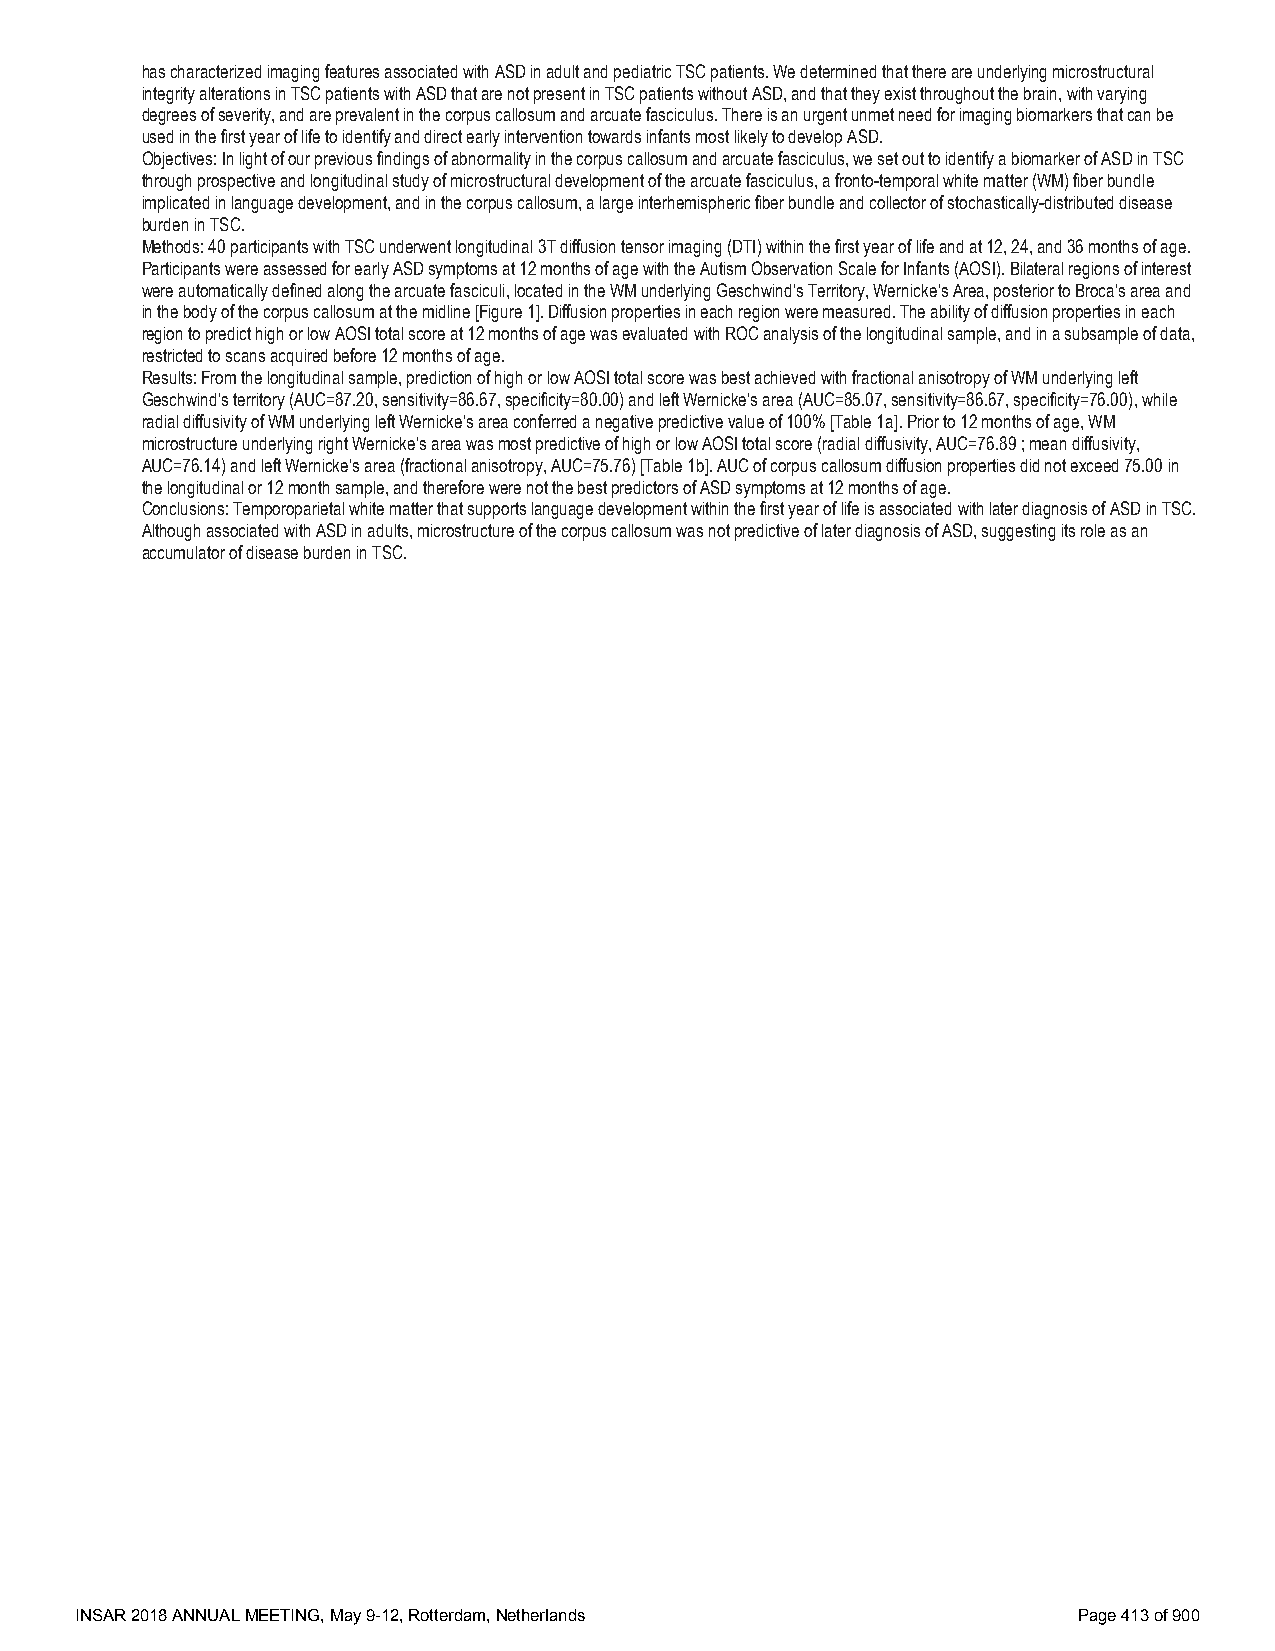
has characterized imaging features associated with ASD in adult and pediatric TSC patients. We determined that there are underlying microstructural
 integrity alterations in TSC patients with ASD that are not present in TSC patients without ASD, and that they exist throughout the brain, with varying
 degrees of severity, and are prevalent in the corpus callosum and arcuate fasciculus. There is an urgent unmet need for imaging biomarkers that can be
 used in the first year of life to identify and direct early intervention towards infants most likely to develop ASD.
 Objectives: In light of our previous findings of abnormality in the corpus callosum and arcuate fasciculus, we set out to identify a biomarker of ASD in TSC
 through prospective and longitudinal study of microstructural development of the arcuate fasciculus, a fronto-temporal white matter (WM) fiber bundle
 implicated in language development, and in the corpus callosum, a large interhemispheric fiber bundle and collector of stochastically-distributed disease
 burden in TSC.
 Methods: 40 participants with TSC underwent longitudinal 3T diffusion tensor imaging (DTI) within the first year of life and at 12, 24, and 36 months of age.
 Participants were assessed for early ASD symptoms at 12 months of age with the Autism Observation Scale for Infants (AOSI). Bilateral regions of interest
 were automatically defined along the arcuate fasciculi, located in the WM underlying Geschwind’s Territory, Wernicke’s Area, posterior to Broca’s area and
 in the body of the corpus callosum at the midline [Figure 1]. Diffusion properties in each region were measured. The ability of diffusion properties in each
 region to predict high or low AOSI total score at 12 months of age was evaluated with ROC analysis of the longitudinal sample, and in a subsample of data,
 restricted to scans acquired before 12 months of age.
 Results: From the longitudinal sample, prediction of high or low AOSI total score was best achieved with fractional anisotropy of WM underlying left
 Geschwind’s territory (AUC=87.20, sensitivity=86.67, specificity=80.00) and left Wernicke’s area (AUC=85.07, sensitivity=86.67, specificity=76.00), while
 radial diffusivity of WM underlying left Wernicke’s area conferred a negative predictive value of 100% [Table 1a]. Prior to 12 months of age, WM
 microstructure underlying right Wernicke’s area was most predictive of high or low AOSI total score (radial diffusivity, AUC=76.89 ; mean diffusivity,
 AUC=76.14) and left Wernicke’s area (fractional anisotropy, AUC=75.76) [Table 1b]. AUC of corpus callosum diffusion properties did not exceed 75.00 in
 the longitudinal or 12 month sample, and therefore were not the best predictors of ASD symptoms at 12 months of age.
 Conclusions: Temporoparietal white matter that supports language development within the first year of life is associated with later diagnosis of ASD in TSC.
 Although associated with ASD in adults, microstructure of the corpus callosum was not predictive of later diagnosis of ASD, suggesting its role as an
 accumulator of disease burden in TSC.
 INSAR 2018 ANNUAL MEETING, May 9-12, Rotterdam, Netherlands       Page 413 of 900